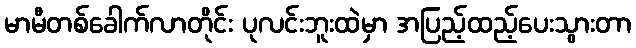
မာမီတစ်ခေါက်လာတိုင်း ပုလင်းဘူးထဲမှာ အပြည့်ထည့်ပေးသွားတာ